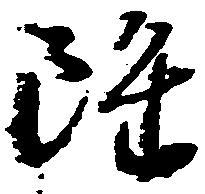
雖